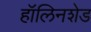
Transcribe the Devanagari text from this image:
हॉलिनशेड